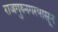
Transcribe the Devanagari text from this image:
राजगुरुनगरपासून